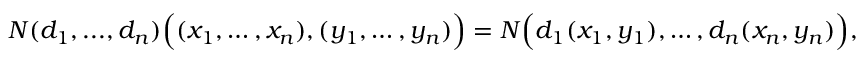
N ( d _ { 1 } , . . . , d _ { n } ) { \Big ( } ( x _ { 1 } , \ldots , x _ { n } ) , ( y _ { 1 } , \ldots , y _ { n } ) { \Big ) } = N { \Big ( } d _ { 1 } ( x _ { 1 } , y _ { 1 } ) , \ldots , d _ { n } ( x _ { n } , y _ { n } ) { \Big ) } ,